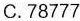
C.78777